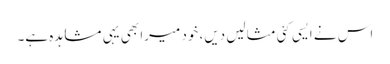
اس نے ایسی کئی مثالیں دیں، خود میرا بھی یہی مشاہدہ ہے۔